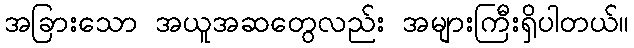
အခြားသော အယူအဆတွေလည်း အများကြီးရှိပါတယ်။